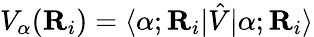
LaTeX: V_{\alpha}(\textbf{R}_{i})=\langle\alpha;\textbf{R}_{i}|\hat{V}|\alpha;\textbf{R}_{i}\rangle